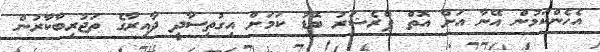
އެހެންކަމުން އޭނާ އަށް އޮތް ޕްރެޝަރު ބޮޑު ކަމަށް އިގުތިސާދީ ދާއިރާގެ ތަޖުރިބާކާރުން